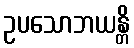
ဥပသောဘယန္တိ